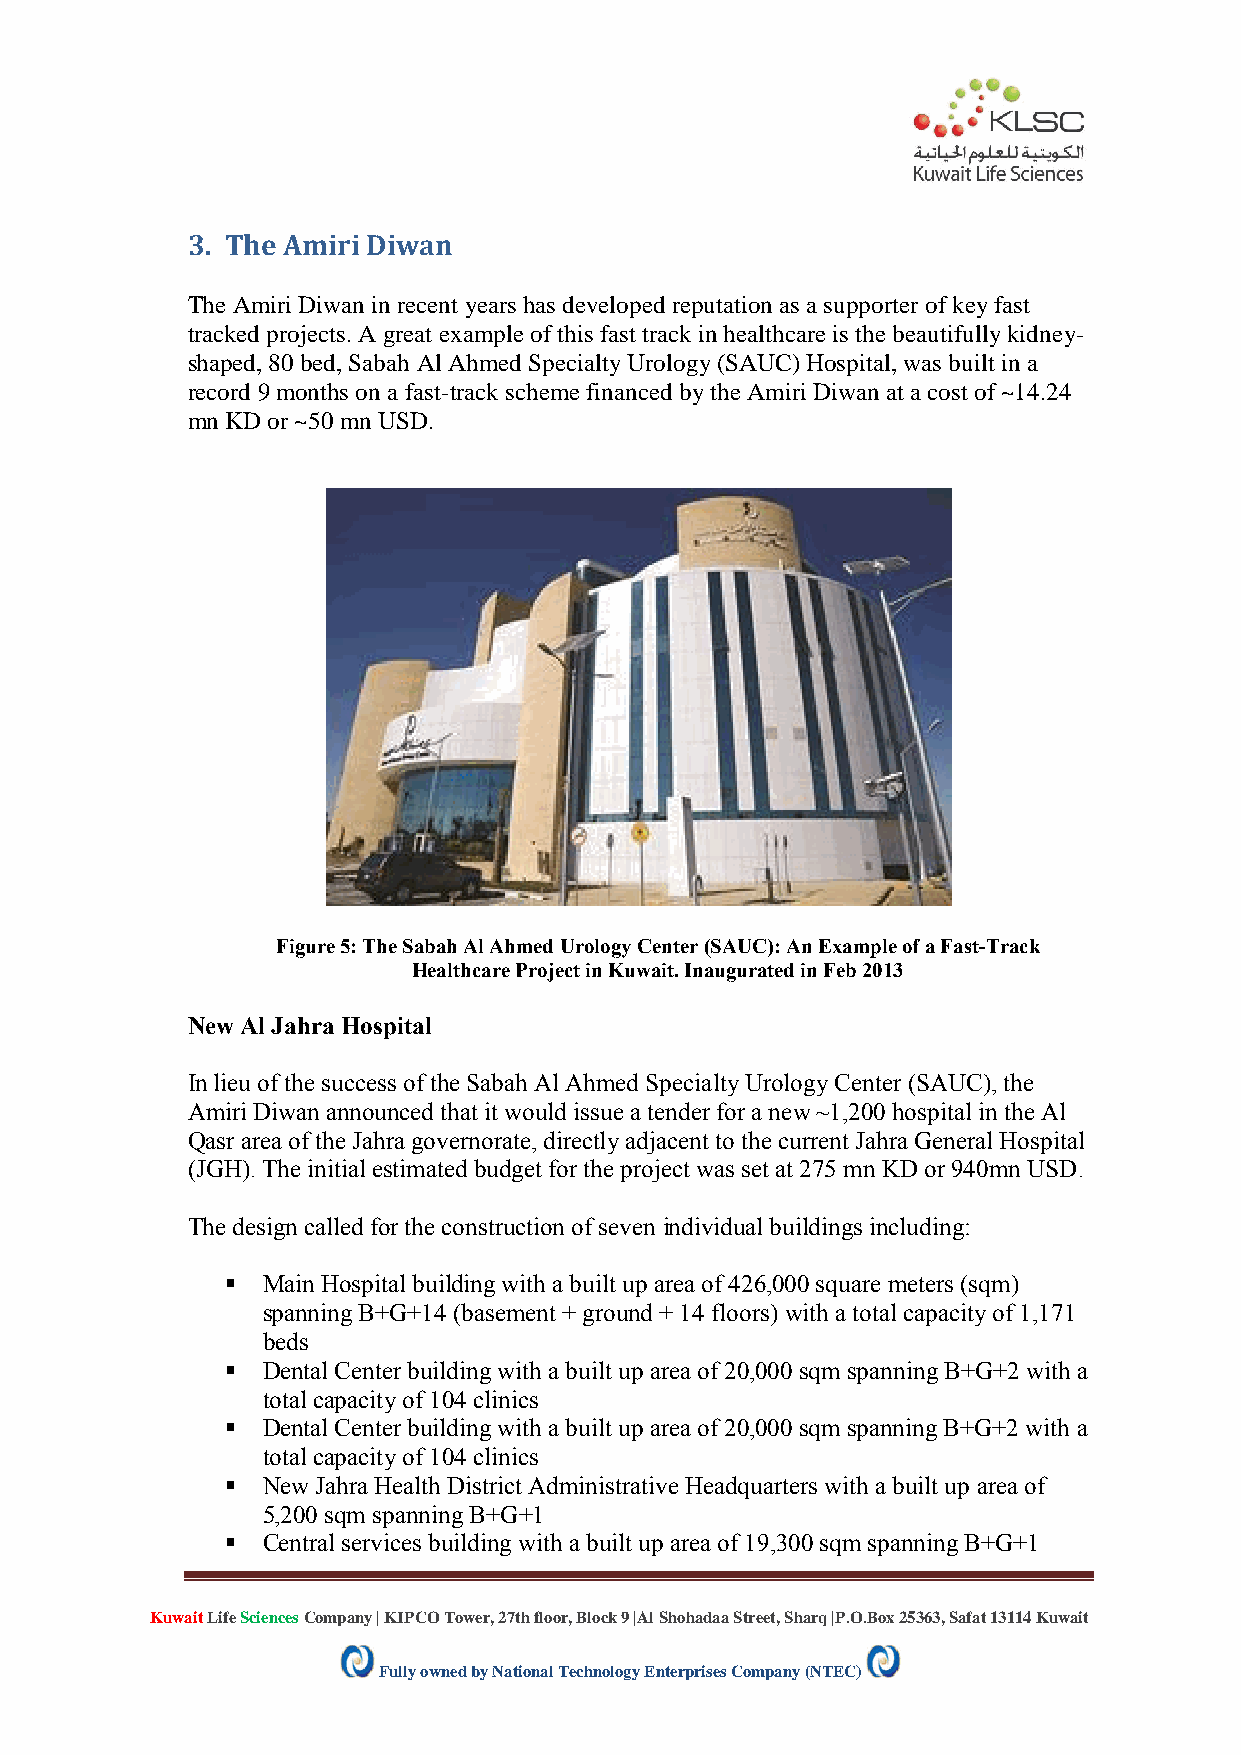
3. The Amiri Diwan
 The Amiri Diwan in recent years has developed reputation as a supporter of key fast
 tracked projects. A great example of this fast track in healthcare is the beautifully kidney-
 shaped, 80 bed, Sabah Al Ahmed Specialty Urology (SAUC) Hospital, was built in a
 record 9 months on a fast-track scheme financed by the Amiri Diwan at a cost of ~14.24
 mn KD or ~50 mn USD.
 Figure 5: The Sabah Al Ahmed Urology Center (SAUC): An Example of a Fast-Track
 Healthcare Project in Kuwait. Inaugurated in Feb 2013
 New Al Jahra Hospital
 In lieu of the success of the Sabah Al Ahmed Specialty Urology Center (SAUC), the
 Amiri Diwan announced that it would issue a tender for a new ~1,200 hospital in the Al
 Qasr area of the Jahra governorate, directly adjacent to the current Jahra General Hospital
 (JGH). The initial estimated budget for the project was set at 275 mn KD or 940mn USD.
 The design called for the construction of seven individual buildings including:
  Main Hospital building with a built up area of 426,000 square meters (sqm)
 spanning B+G+14 (basement + ground + 14 floors) with a total capacity of 1,171
 beds
  Dental Center building with a built up area of 20,000 sqm spanning B+G+2 with a
 total capacity of 104 clinics
  Dental Center building with a built up area of 20,000 sqm spanning B+G+2 with a
 total capacity of 104 clinics
  New Jahra Health District Administrative Headquarters with a built up area of
 5,200 sqm spanning B+G+1
  Central services building with a built up area of 19,300 sqm spanning B+G+1
 Kuwait Life Sciences Company | KIPCO Tower, 27th floor, Block 9 |Al Shohadaa Street, Sharq |P.O.Box 25363, Safat 13114 Kuwait
 Fully owned by National Technology Enterprises Company (NTEC)